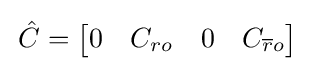
\,{\hat {C}}={\begin{bmatrix}0&C_{ro}&0&C_{{\overline {r}}o}\end{bmatrix}}